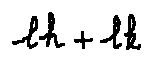
l h + l k